Annual report of the Camel Specialist
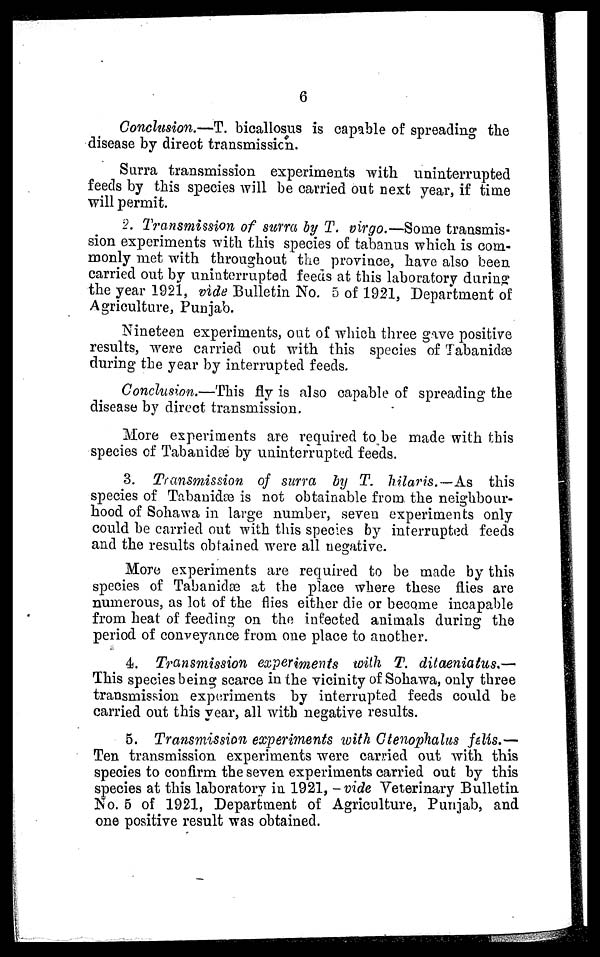
6
Conclusion.—T. bicallosus is capable of spreading the
disease by direct transmission.
Surra transmission experiments with uninterrupted
feeds by this species will be carried out next year, if time
will permit.
2. Transmission of surra by T. virgo.—Some transmis-
sion experiments with this species of tabanus which is com-
monly met with throughout the province, have also been
carried out by uninterrupted feeds at this laboratory during
the year 1921, vide Bulletin No. 5 of 1921, Department of
Agriculture, Punjab.
Nineteen experiments, out of which three gave positive
results, were carried out with this species of Tabanidæ
during the year by interrupted feeds.
Conclusion.—This fly is also capable of spreading the
disease by direct transmission.
More experiments are required to be made with this
species of Tabanidæ by uninterrupted feeds.
3. Transmission of surra by T. hilaris.—As this
species of Tabanidæ is not obtainable from the neighbour-
hood of Sohawa in large number, seven experiments only
could be carried out with this species by interrupted feeds
and the results obtained were all negative.
More experiments are required to be made by this
species of Tabanidæ at the place where these flies are
numerous, as lot of the flies either die or become incapable
from heat of feeding on the infected animals during the
period of conveyance from one place to another.
4. Transmission experiments with T. ditaeniatus.—
This species being scarce in the vicinity of Sohawa, only three
transmission experiments by interrupted feeds could be
carried out this year, all with negative results.
5. Transmission experiments with Ctenophalus felís.—
Ten transmission experiments were carried out with this
species to confirm the seven experiments carried out by this
species at this laboratory in 1921, -vide Veterinary Bulletin
No. 5 of 1921, Department of Agriculture, Punjab, and
one positive result was obtained.